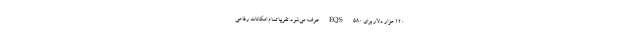
۱۲۰ هزار دلار برای EQS 580 عرضه می‌شود. تقریبا تمام امکانات رفاهی